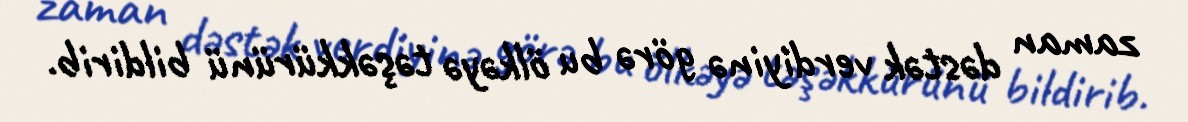
zaman dəstək verdiyinə görə bu ölkəyə təşəkkürünü bildirib.